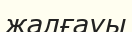
жалғауы